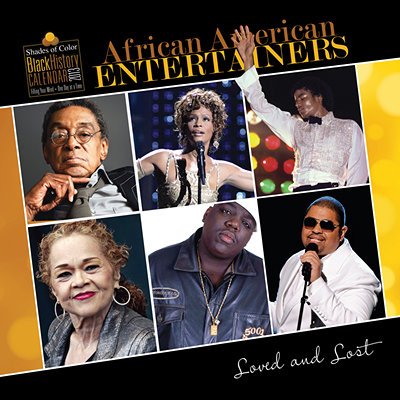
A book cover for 2013 Calendar African American Entertainers 2013 Wall Calendar; Calendars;